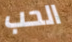
الحب